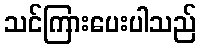
သင်ကြားပေးပါသည်